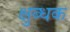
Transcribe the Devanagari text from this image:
क्षुब्धक